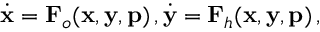
\begin{array} { r } { \dot { \mathbf { x } } = \mathbf { F } _ { o } ( \mathbf { x } , \mathbf { y } , \mathbf { p } ) \, , \dot { \mathbf { y } } = \mathbf { F } _ { h } ( \mathbf { x } , \mathbf { y } , \mathbf { p } ) \, , } \end{array}